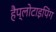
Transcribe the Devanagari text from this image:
हैप्लोटाइपिंग